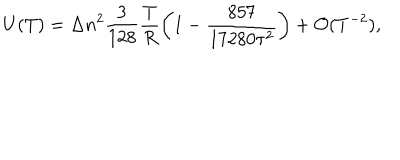
LaTeX: U ( T ) = \Delta n ^ { 2 } \frac { 3 } { 1 2 8 } \frac { T } { R } \left( 1 - \frac { 8 5 7 } { 1 7 2 8 0 \tau ^ { 2 } } \right) + { \cal O } ( T ^ { - 2 } ) { , }